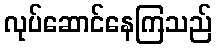
လုပ်ဆောင်နေကြသည်